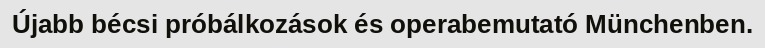
Újabb bécsi próbálkozások és operabemutató Münchenben.